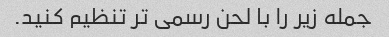
جمله زیر را با لحن رسمی تر تنظیم کنید.